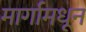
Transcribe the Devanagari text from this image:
मार्गामधून